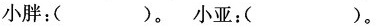
小胖：()。小亚：()。